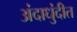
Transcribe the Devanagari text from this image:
अंदाधुंदीत